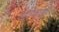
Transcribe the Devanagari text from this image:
सांताकासा